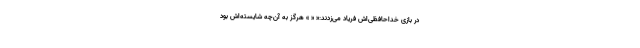
در بازی خداحافظی‌اش فریاد می‌زدند:« « » هرگز به آن‌چه شایسته‌اش بود